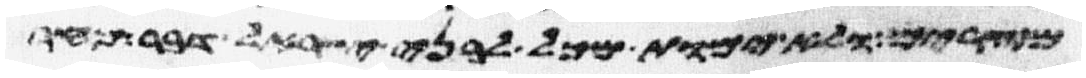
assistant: מצרים ולא ימות מכל לבני ישראל דבר מחר